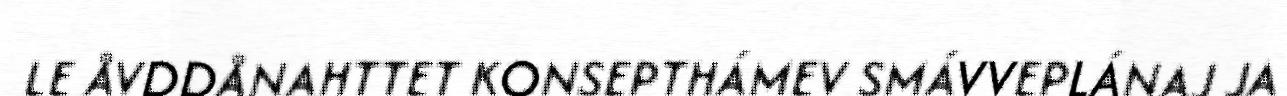
LE ÅVDDÅNAHTTET KONSEPTHÁMEV SMÁVVEPLÁNAJ JA